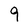
Character: 9